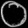
Digit: ၀